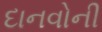
દાનવોની